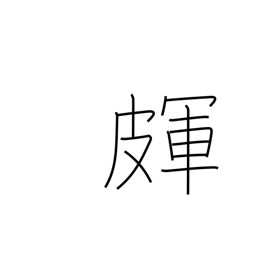
Meaning: skin cracks or roughness